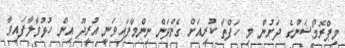
މިޕްރޮމޯޝަންގެ ދަށުން މި ހަފްތާ ކުރިއަށް ގެންދަން ނިންމާފައިވަނީ އުރީދޫ އިން ހުޅުވާލާފައިވާ